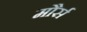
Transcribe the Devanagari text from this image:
मौर्स